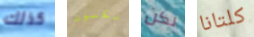
كذلك نكسون لكن كلتانا